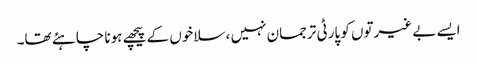
ایسے بے غیرتوں کو پارٹی ترجمان نہیں ، سلاخوں کے پیچھے ہونا چاہئے تھا۔